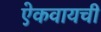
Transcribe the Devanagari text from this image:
ऐकवायची